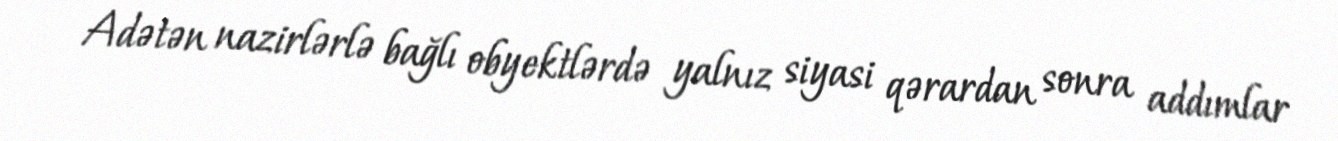
Adətən nazirlərlə bağlı obyektlərdə yalnız siyasi qərardan sonra addımlar